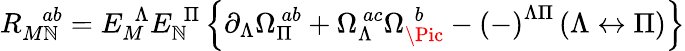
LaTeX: R_{M\mathbb{N}}^{\ \ \ \ ab}=E_{M}^{\ \ \Lambda}E_{\mathbb{N}}^{\ \ \Pi}\left\{ \partial_{\Lambda}\Omega_{\Pi}^{\ ab}+\Omega_{\Lambda}^{\ ac}\Omega_{\Pic}^{\ \, b}-\left(-\right)^{\Lambda\Pi}\left(\Lambda\leftrightarrow\Pi\right)\right\}